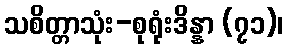
သစိတ္တာသုံး-စုရုံးဒိန္နာ (၇၁)၊